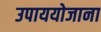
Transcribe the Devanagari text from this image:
उपाययोजाना